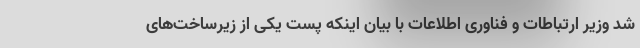
شد وزیر ارتباطات و فناوری اطلاعات با بیان اینکه پست یکی از زیرساخت‌های